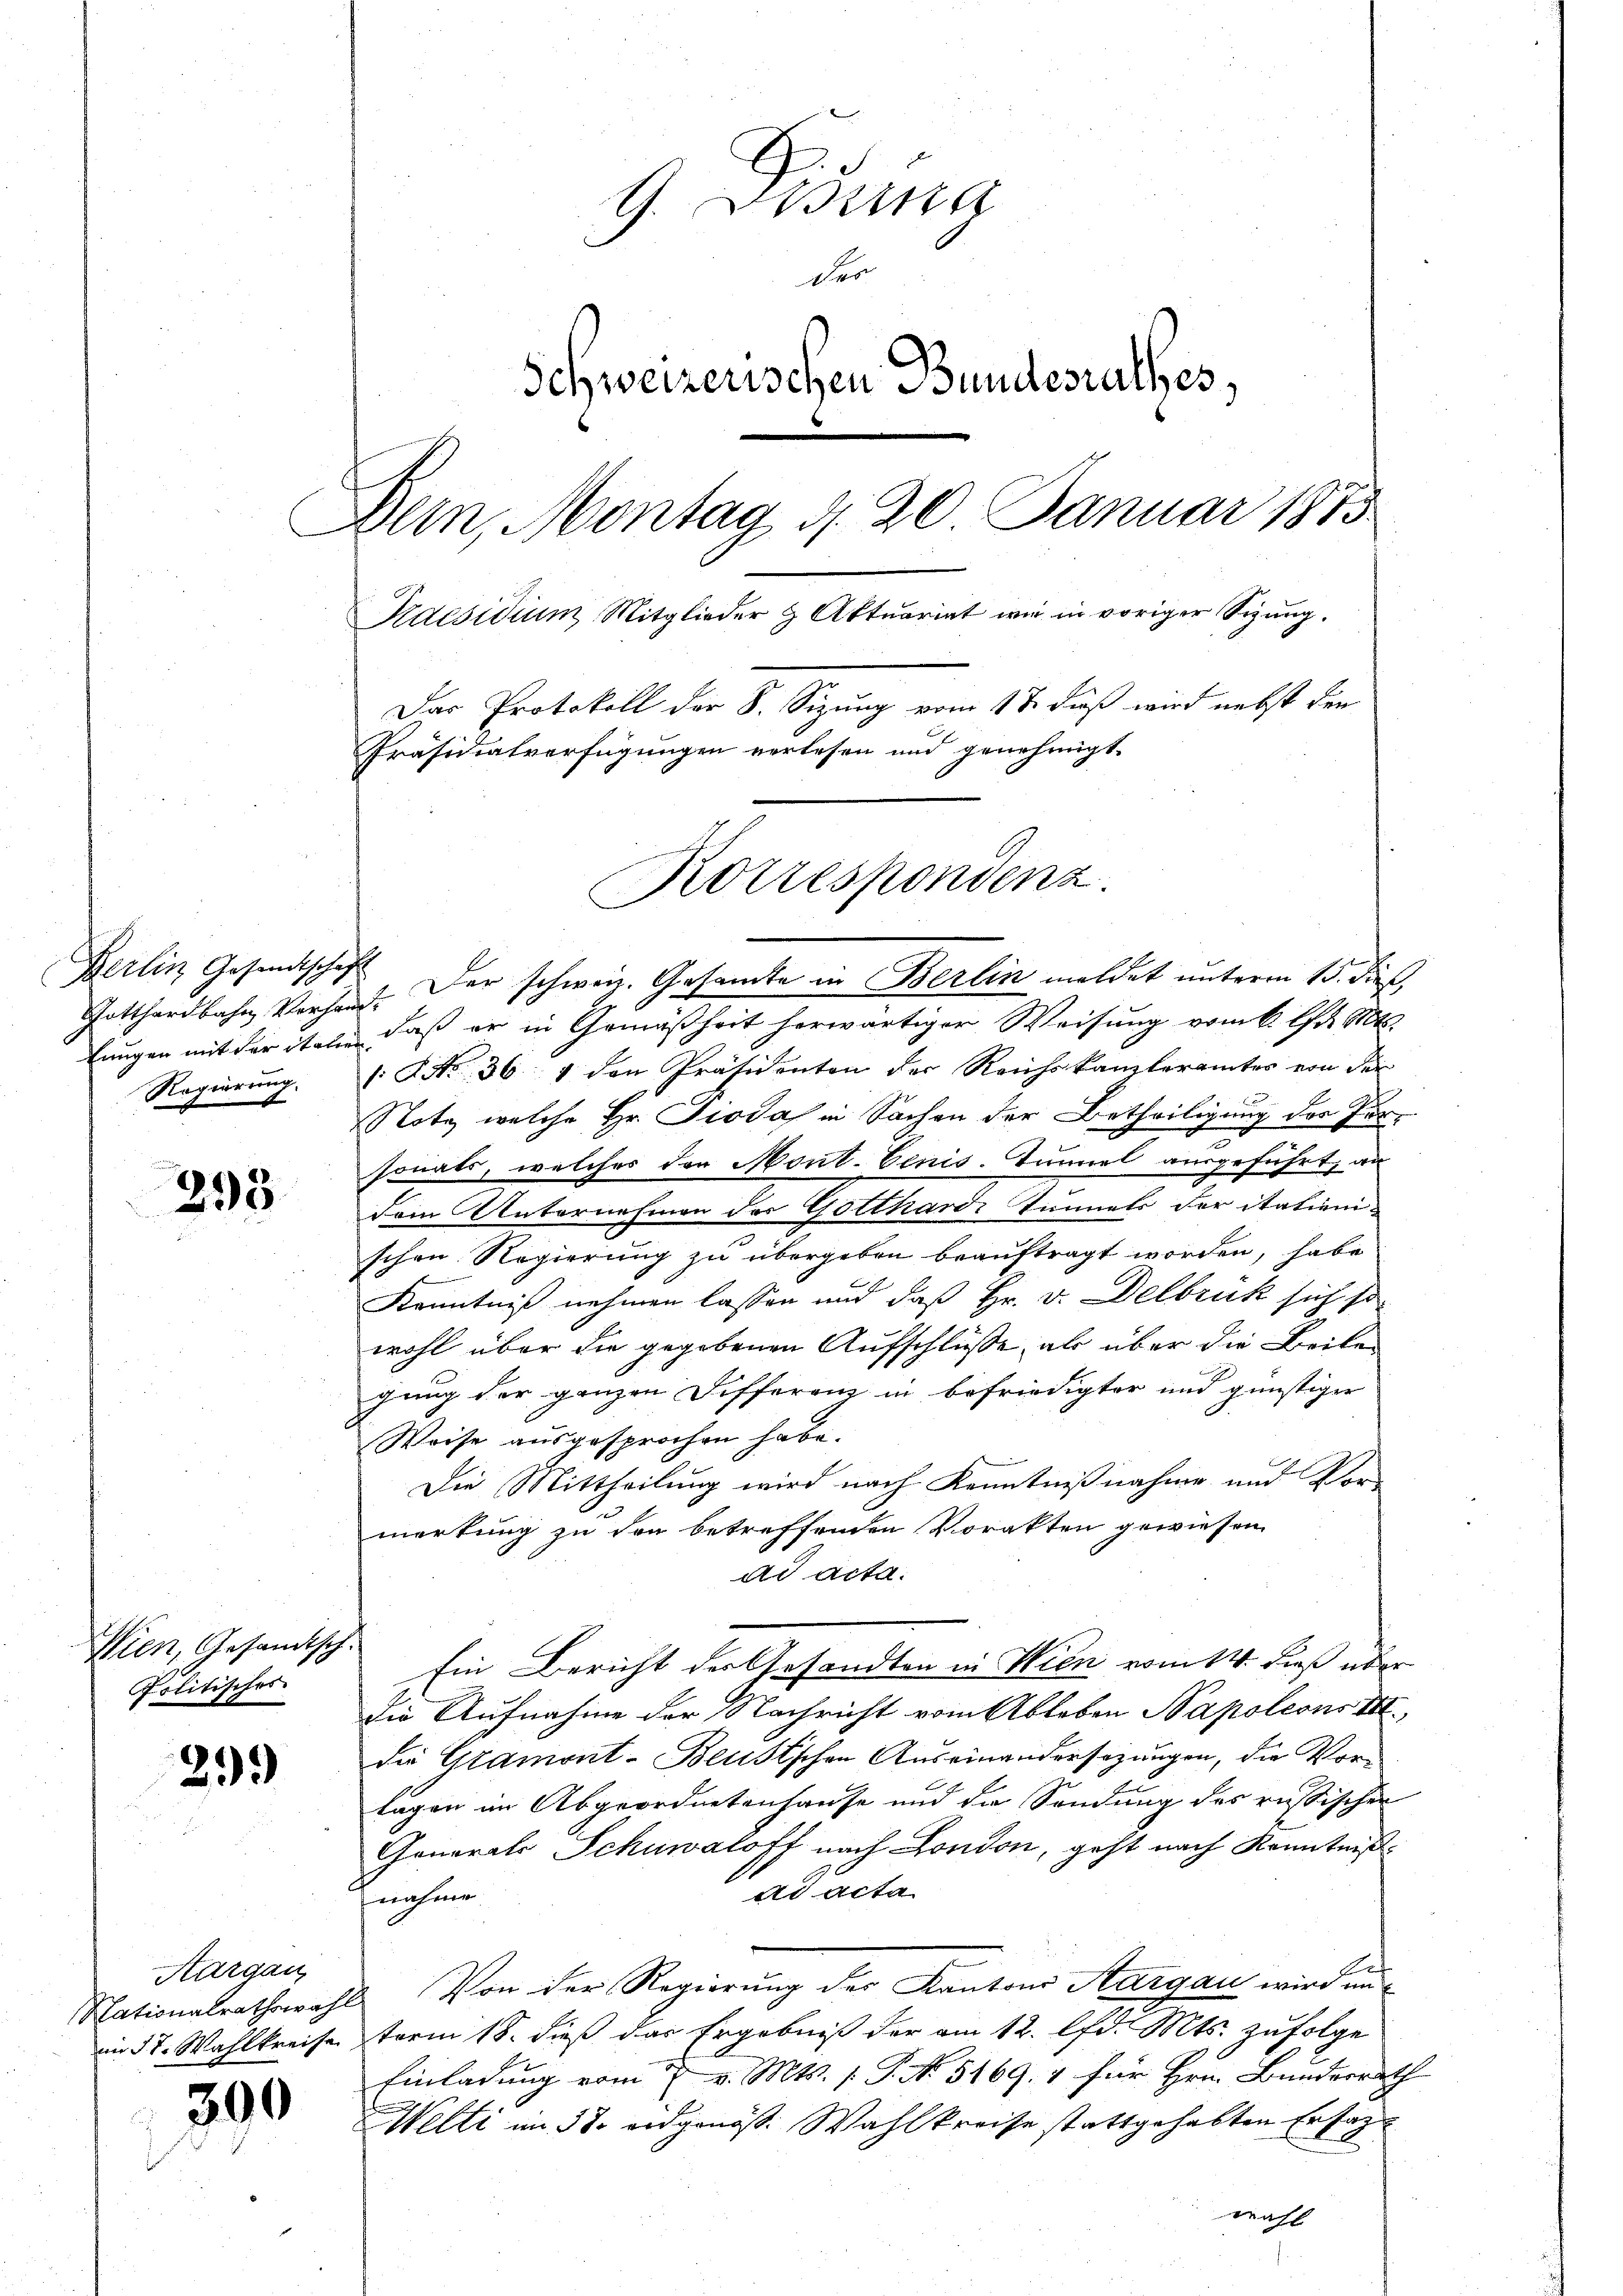
Schotthardbahn Vorhand¬
Regierung.

293

Wien, Gesandtsch.
Politisches

299)

300

G. Borna
Der
Schweizerischen Bundesrathes,
Bern, Montag d. 20. Januar 1873
Kaesidium Mitglieder & Aktuariat wie in voriger Sigŭng.
Das Protokoll der S. Sizung vom 18. daß wird nebst der
Präsidialverfügungen verlesen und genehmigt.
Korrespondenz.

Aargau

Berlin Gesandtschaft der schweiz. Gesamte in Berlin meldet unterm 15. dieß,
lungen mit der italie, daß er in Gemäßheit herwärtiger Weisung vom 6. d. Mts.
/: No 36. 4 den Präsidenten der Reichskanzleramtes von der
Notz welche Hr. Pioda in Sachen der Betheiligung des Personats, welches der Mont. Venis. Tunnel ausgeführt, an
dem Unternehmen des Gotthardi Tunnels der italienischen Regierung zu übergeben beauftragt worden, habe
Kenntniß nehmen lassen und daß Hr. v. Delbruk sich so
wohl über die gegebenen Aufschlüsse, als über die Beile
gung der ganzen Differenz in befriedigter und günstiger
Weise ausgesprochen habe.
Die Mittheilung wird nach Kenntnißnahme und Vormerkung zu den betreffenden Vorakten gewiesen.
ad acta.
Ein Bericht der Gesandten in Wien vom 14. dieß über
Die Aufnahme der Nachricht vom Ableben Napoleons III
die Gramont-Beustschen Auseinandersezungen, die Vorlagen im Abgeordnetenhause und die Sendung des russischen
Generale Schuwaloff nach London, geht nach Kenntniß
ad acta
nahme
e
Nationalrathswahl. Von der Regierung der Kantons Aargau wird un
im 5t. Wahlkreise term 18. dieβ das Ergebniβ der am 12. lfd. Mts. zŭfolge
Einladung vom 7. v. Mts. 1. P. No 5169. & für Hrn. Bundesrath
Welti im 32. eidgenöß. Wahlkreise stattgehabten Ersagt
richt